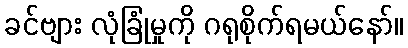
ခင်ဗျား လုံခြုံမှုကို ဂရုစိုက်ရမယ်နော်။